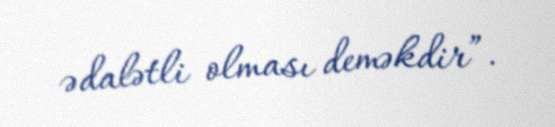
ədalətli olması deməkdir”.